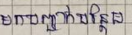
មកបញ្ជាក់បន្ថែម